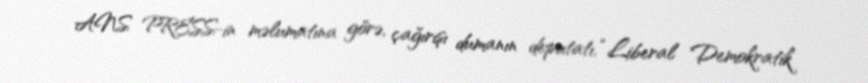
ANS PRESS-in məlumatına görə, çağırışı dumanın deputatı, “Liberal Demokratik